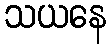
သယနေ